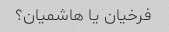
فرخیان یا هاشمیان؟